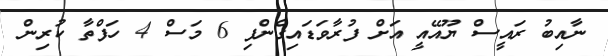
ނާއިބު ރައީސް ޔޫއޭއީ އަށް ފުރާވަޑައިގެންފި 6 މަސް 4 ހަފްތާ ކުރިން